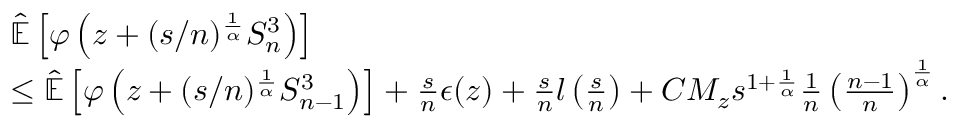
\begin{array} { r l } & { \mathbb { \hat { E } } \left[ \varphi \left( z + ( s / n ) ^ { \frac { 1 } { \alpha } } S _ { n } ^ { 3 } \right) \right] } \\ & { \leq \mathbb { \hat { E } } \left[ \varphi \left( z + ( s / n ) ^ { \frac { 1 } { \alpha } } S _ { n - 1 } ^ { 3 } \right) \right] + \frac { s } { n } \epsilon ( z ) + \frac { s } { n } l \left( \frac { s } { n } \right) + C M _ { z } s ^ { 1 + \frac { 1 } { \alpha } } \frac { 1 } { n } \left( \frac { n - 1 } { n } \right) ^ { \frac { 1 } { \alpha } } . } \end{array}